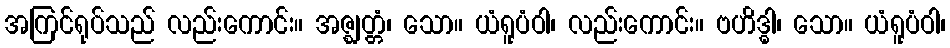
အကြင်ရုပ်သည် လည်းကောင်း။ အဇ္ဈတ္တံ၊ သော။ ယံရူပံဝါ၊ လည်းကောင်း။ ဗဟိဒ္ဓါ၊ သော။ ယံရူပံဝါ၊